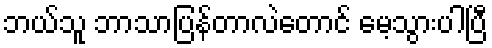
ဘယ်သူ ဘာသာပြန်တာလဲတောင် မေ့သွားပါပြီ